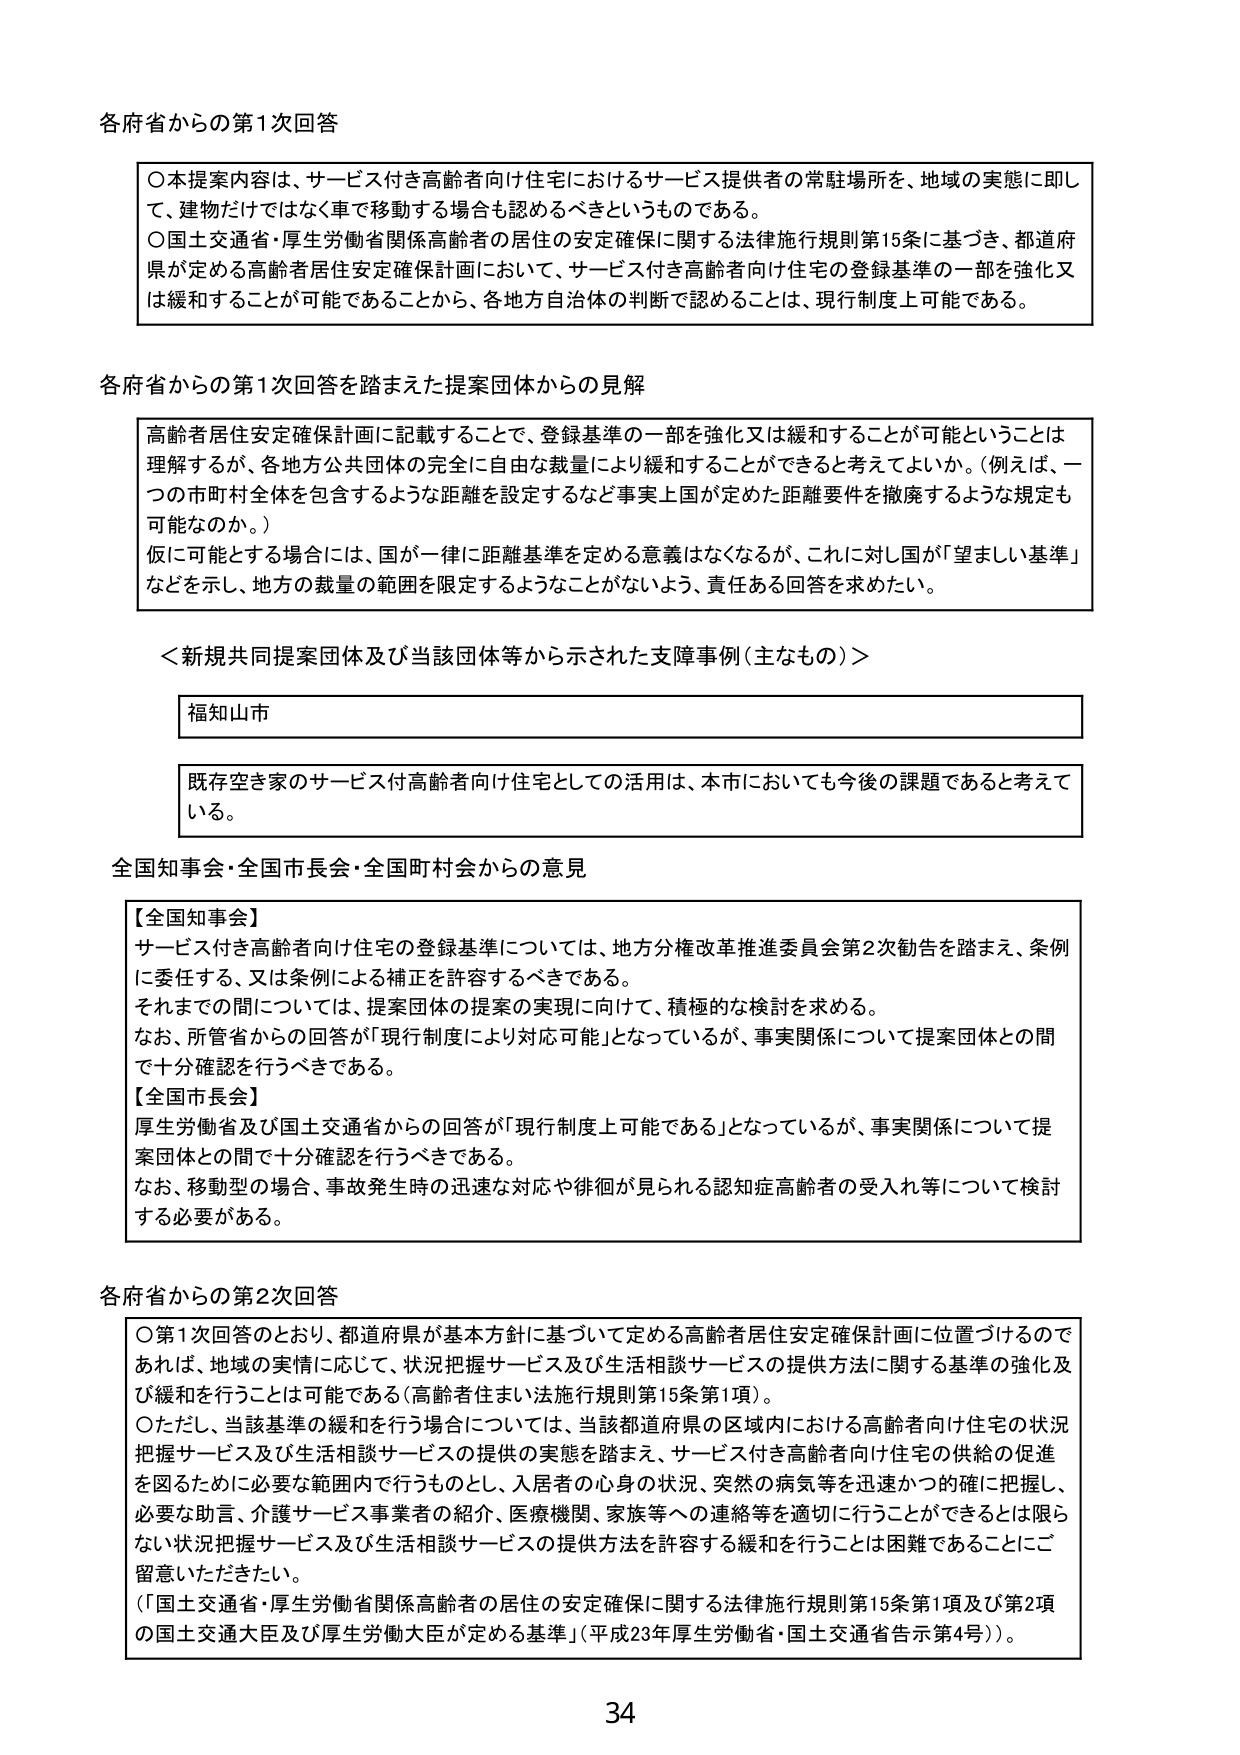
各府省からの第1次回答

○本提案内容は、サービス付き高齢者向け住宅におけるサービス提供者の常駐場所を、地域の実態に即して、建物だけではなく車で移動する場合も認めるべきというものである。
○国土交通省・厚生労働省関係高齢者の居住の安定確保に関する法律施行規則第15条に基づき、都道府県が定める高齢者居住安定確保計画において、サービス付き高齢者向け住宅の登録基準の一部を強化又は緩和することが可能であることから、各地方自治体の判断で認めることは、現行制度上可能である。

各府省からの第1次回答を踏まえた提案団体からの見解

高齢者居住安定確保計画に記載することで、登録基準の一部を強化又は緩和することが可能ということは理解するが、各地方公共団体の完全に自由な裁量により緩和することができるかと考えてよいか。（例えば、一つの市町村全体を包含するような距離を設定するなど事実上国が定めた距離要件を撤廃するような規定も可能なのか。）
仮に可能とする場合には、国が一律に距離基準を定める意義はなくなるが、これに対し国が「望ましい基準」などを示し、地方の裁量の範囲を限定するようなことがないよう、責任ある回答を求めたい。

＜新規共同提案団体及び当該団体等から示された支障事例（主なもの）＞

福知山市

既存空き家のサービス付高齢者向け住宅としての活用は、本市においても今後の課題であると考えている。

全国知事会・全国市長会・全国町村会からの意見

【全国知事会】
サービス付き高齢者向け住宅の登録基準については、地方分権改革推進委員会第2次勧告を踏まえ、条例に委任する、又は条例による補正を許容するべきである。
それまでの間については、提案団体の提案の実現に向けて、積極的な検討を求める。
なお、所管省からの回答が「現行制度により対応可能」となっているが、事実関係について提案団体との間で十分確認を行うべきである。

【全国市長会】
厚生労働省及び国土交通省からの回答が「現行制度上可能である」となっているが、事実関係について提案団体との間で十分確認を行うべきである。
なお、移動型の場合、事故発生時の迅速な対応や徘徊が見られる認知症高齢者の受入れ等について検討する必要がある。

各府省からの第2次回答

○第1次回答のとおり、都道府県が基本方針に基づいて定める高齢者居住安定確保計画に位置づけるのであれば、地域の実情に応じて、状況把握サービス及び生活相談サービスの提供方法に関する基準の強化及び緩和を行うことは可能である（高齢者住まい法施行規則第15条第1項）。
○ただし、当該基準の緩和を行う場合については、当該都道府県の区域内における高齢者向け住宅の状況把握サービス及び生活相談サービスの提供の実態を踏まえ、サービス付き高齢者向け住宅の供給の促進を図るために必要な範囲内で行うものとし、入居者の心身の状況、突然の病気等を迅速かつ的確に把握し、必要な助言、介護サービス事業者の紹介、医療機関、家族等への連絡等を適切に行うことができるとは限らない状況把握サービス及び生活相談サービスの提供方法を許容する緩和を行うことは困難であることにご留意いただきたい。
（「国土交通省・厚生労働省関係高齢者の居住の安定確保に関する法律施行規則第15条第1項及び第2項の国土交通大臣及び厚生労働大臣が定める基準」（平成23年厚生労働省・国土交通省告示第4号））。

34